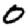
Digit: 0